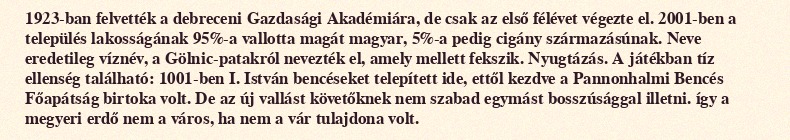
1923-ban felvették a debreceni Gazdasági Akadémiára, de csak az első félévet végezte el. 2001-ben a település lakosságának 95%-a vallotta magát magyar, 5%-a pedig cigány származásúnak. Neve eredetileg víznév, a Gölnic-patakról nevezték el, amely mellett fekszik. Nyugtázás. A játékban tíz ellenség található: 1001-ben I. István bencéseket telepített ide, ettől kezdve a Pannonhalmi Bencés Főapátság birtoka volt. De az új vallást követőknek nem szabad egymást bosszúsággal illetni. így a megyeri erdő nem a város, ha nem a vár tulajdona volt.